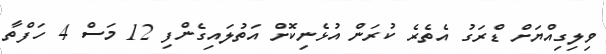
ވިލިގިއްޔަށް ޑްރަގު އެތެރެ ކުރަން އުޅެނިކޮށް އަތުލައިގެންފި 12 މަސް 4 ހަފްތާ